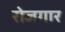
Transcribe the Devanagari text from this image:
राेजगार